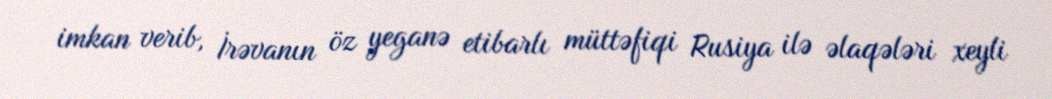
imkan verib, İrəvanın öz yeganə etibarlı müttəfiqi Rusiya ilə əlaqələri xeyli